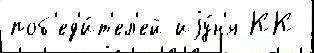
поб'ед'и́т'ел'ей иjу́н'я КК